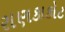
રાણકાકોટ